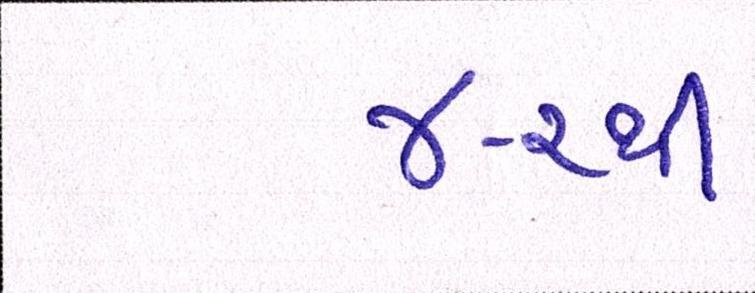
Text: ૪-૨થી